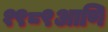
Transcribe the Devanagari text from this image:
१९८९आणि